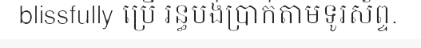
blissfully ប្រើ រន្ធបង់ប្រាក់តាមទូរស័ព្ទ.